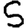
Digit: 5